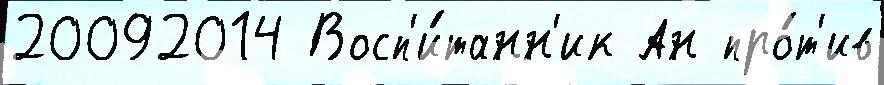
20092014 Восп'и́танн'ик Ан про́т'ив